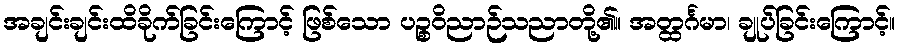
အချင်းချင်းထိခိုက်ခြင်းကြောင့် ဖြစ်သော ပဉ္စဝိညာဉ်သညာတို့၏။ အတ္ထင်္ဂမာ၊ ချုပ်ခြင်းကြောင့်။